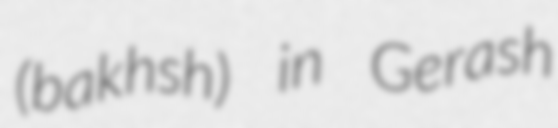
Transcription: (bakhsh) in Gerash